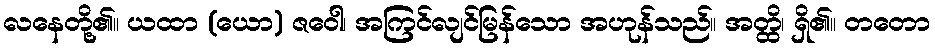
လနေတို့၏။ ယထာ (ယော) ဇဝေါ၊ အကြင်လျင်မြန်သော အဟုန်သည်။ အတ္ထိ၊ ရှိ၏။ တတော